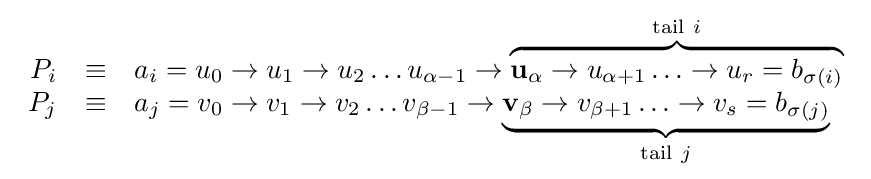
{\begin{array}{rcl}P_{i}&\equiv &a_{i}=u_{0}\to u_{1}\to u_{2}\ldots u_{\alpha -1}\to \overbrace {\mathbf {u} _{\alpha }\to u_{\alpha +1}\ldots \to u_{r}=b_{\sigma (i)}} ^{\mathrm {tail} ~i}\\P_{j}&\equiv &a_{j}=v_{0}\to v_{1}\to v_{2}\ldots v_{\beta -1}\to \underbrace {\mathbf {v} _{\beta }\to v_{\beta +1}\ldots \to v_{s}=b_{\sigma (j)}} _{\mathrm {tail} ~j}\\\end{array}}